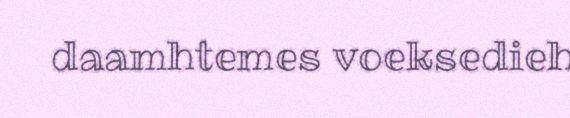
daamhtemes voeksedieh